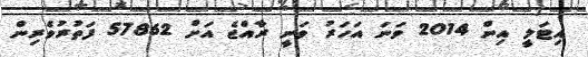
އިޓަލީ އިން 2014 ވަނަ އަހަރު ވަނީ ރާއްޖެ އަށް 57862 ފަތުރުވެރިން